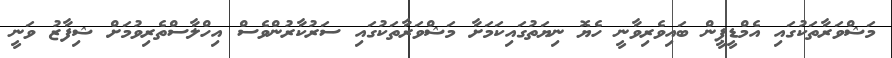
މަޝްވަރާތަކުގައި އެމްޑީޕީން ބައިވެރިވާނީ ހެޔޮ ނިޔަތުގައިކަމަށާ މަޝްވަރާތަކުގައި ސަރުކާރުންވެސް އިހްލާސްތެރިވުމަށް ޝިފާޒު ވަނީ